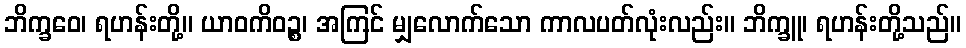
ဘိက္ခဝေ၊ ရဟန်းတို့။ ယာဝကိဝဉ္စ၊ အကြင် မျှလောက်သော ကာလပတ်လုံးလည်း။ ဘိက္ခူ၊ ရဟန်းတို့သည်။